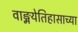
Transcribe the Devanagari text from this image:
वाङ्मयेतिहासाच्या